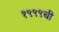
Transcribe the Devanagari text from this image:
१९९९ची